Annual administration and progress report of the Indian Medical Department, Bombay
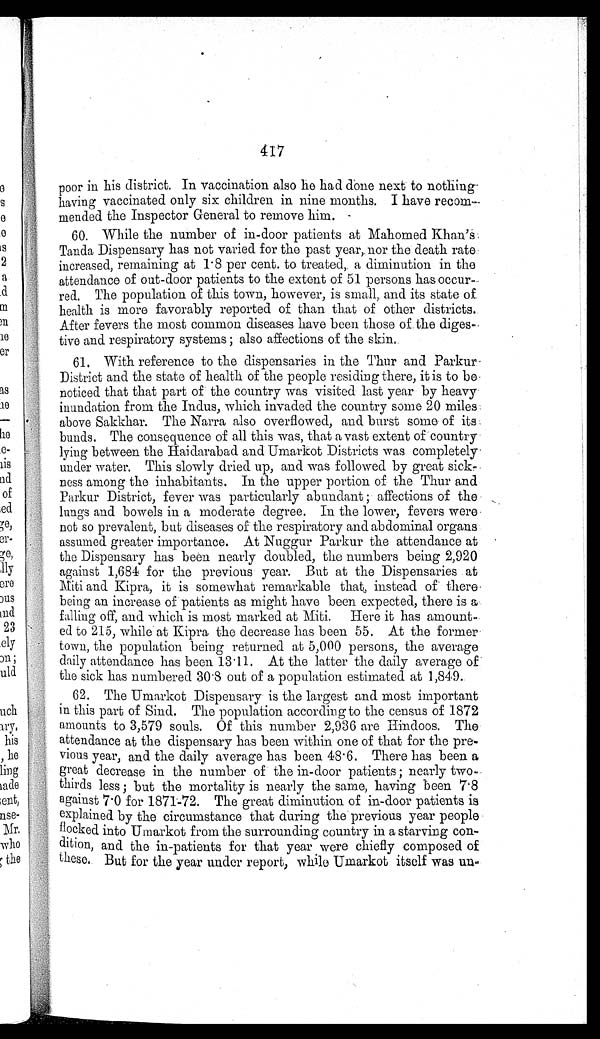
417
poor in his district. In vaccination also he had done next to nothing
having vaccinated only six children in nine months. I have recom
-
mended the Inspector General to remove him.
60. While the number of in-door patients at Mahomed Khan's.
Tanda Dispensary has not varied for the past year, nor the death rate
increased, remaining at 1.8 per cent. to treated, a diminution in the
attendance of out-door patients to the extent of 51 persons has occur
-
red. The population of this town, however, is small, and its state of
health is more favorably reported of than that of other districts.
After fevers the most common diseases have been those of the diges
-
tive and respiratory systems; also affections of the skin
.
61. With reference to the dispensaries in the Thur and Parkur
-
District and the state of health of the people residing there, it is to be
noticed that that part of the country was visited last year by heavy
inundation from the Indus, which invaded the country some 20 miles
above Sakkhar. The Narra also overflowed, and burst some of its
bunds. The consequence of all this was, that a vast extent of country
lying between the Haidarabad and Umarkot Districts was completely
under water. This slowly dried up, and was followed by great sick-
ness among the inhabitants. In the upper portion of the Thur and
Parkur District, fever was particularly abundant; affections of the
lungs and bowels in a moderate degree. In the lower, fevers were
not so prevalent, but diseases of the respiratory and abdominal organs
assumed greater importance. At Nuggur Parkur the attendance at
the Dispensary has been nearly doubled, the numbers being 2,920
against 1,684 for the previous year. But at the Dispensaries at
Miti and Kipra, it is somewhat remarkable that, instead of there
being an increase of patients as might have been expected, there is a
falling off, and which is most marked at Miti. Here it has amount
-
ed to 215, while at Kipra the decrease has been 55. At the former
t o w n , t h e p o p u l a t i o n b e i n g r e t u r n e d a t 5 , 0 0 0 p e r s o n s , t h e a v e r a g e
daily attendance has been 13.11. At the latter the daily average of
the sick has numbered 30.8 out of a population estimated at 1,849.
62. The Umarkot Dispensary is the largest and most important
in this part of Sind. The population according to the census of 1872
amounts to 3,579 souls. Of this number 2,936 are Hindoos. The
attendance at the dispensary has been within one of that for the pre
-
vious year, and the daily average has been 48.6. There has been a
great decrease in the number of the in-door patients; nearly two
-
t h i r d s l e s s ; b u t t h e m o r t a l i t y i s n e a r l y t h e s a m e , h a v i n g b e e n 7 . 8
against 7.0 for 1871-72. The great diminution of in-door patients is
explained by the circumstance that during the previous year people
flocked into Umarkot from the surrounding country in a starving con
-
dition, and the in-patients for that year were chiefly composed of
t h e s e . B u t f o r t h e y e a r u n d e r r e p o r t , w h i l e U m a r k o t i t s e l f w a s u n -